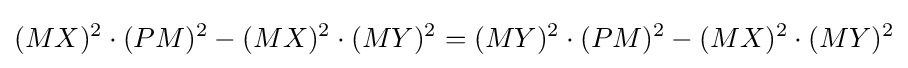
{(MX)^{2}\cdot (PM)^{2}-(MX)^{2}\cdot (MY)^{2}}={(MY)^{2}\cdot (PM)^{2}-(MX)^{2}\cdot (MY)^{2}}